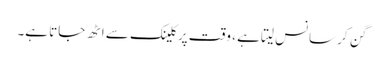
گن کر سانس لیتا ہے ، وقت پرکلینک سے اٹھ جاتا ہے۔